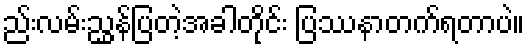
ည်းလမ်းညွှန်ပြတဲ့အခါတိုင်း ပြဿနာတက်ရတာပဲ။